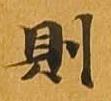
則